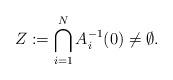
LaTeX: \begin{align*}Z:=\bigcap_{i=1}^N A_i^{-1}(0)\neq\emptyset. \end{align*}